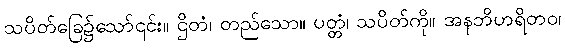
သပိတ်ခြေ၌သော်၎င်း။ ဌိတံ၊ တည်သော။ ပတ္တံ၊ သပိတ်ကို။ အနဘိဟရိတဝ၊